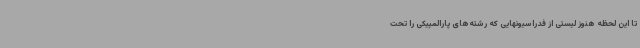
تا این لحظه هنوز لیستی از فدراسیونهایی که رشته‌های پارالمپیکی را تحت